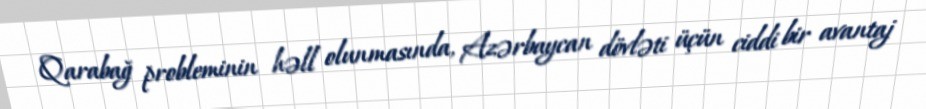
Qarabağ probleminin həll olunmasında, Azərbaycan dövləti üçün ciddi bir avantaj